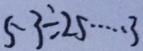
5 3 \div 2 5 \cdots 3